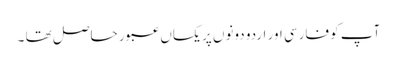
آپ کو فارسی اور اردو دونوں پر یکساں عبور حاصل تھا ۔